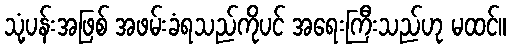
သုံ့ပန်းအဖြစ် အဖမ်းခံရသည်ကိုပင် အရေးကြီးသည်ဟု မထင်။